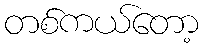
တစ်ကယ်တော့